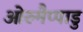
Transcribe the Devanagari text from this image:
ओरुमैप्पाडु